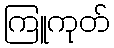
ကြူကုတ်